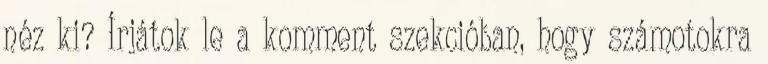
néz ki? Írjátok le a komment szekcióban, hogy számotokra